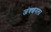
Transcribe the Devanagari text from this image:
जंक्शनला